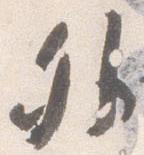
外